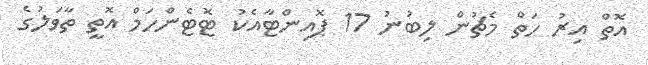
އޮތް އިރު ހަތް މެޗުން ލިބުނު 17 ޕޮއިންޓާއެކު ޓޮޓެންހަމް އޮތީ ތާވަލުގެ